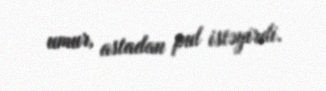
umur, astadan pul istəyirdi.